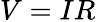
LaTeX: V=IR